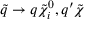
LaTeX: \tilde { q } \rightarrow q \tilde { \chi } _ { i } ^ { 0 } , q ^ { \prime } \tilde { \chi }